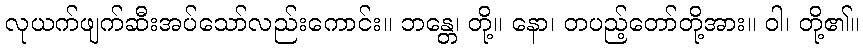
လုယက်ဖျက်ဆီးအပ်သော်လည်းကောင်း။ ဘန္တေ၊ တို့။ နော၊ တပည့်တော်တို့အား။ ဝါ၊ တို့၏။